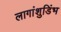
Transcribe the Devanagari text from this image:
लागांशुडिंभ